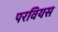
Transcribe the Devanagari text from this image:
परवियस